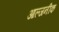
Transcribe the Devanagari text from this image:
आल्जनीक